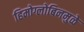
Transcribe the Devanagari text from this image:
हिमोग्लोबिनमुळे